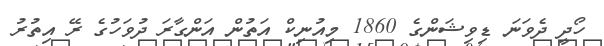
ހޯދީ ދެވަނަ ޑިވިޝަންގެ 1860 މިއުނިކް އަތުން އަންގާރަ ދުވަހުގެ ރޭ އިތުރު